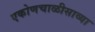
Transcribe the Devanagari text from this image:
एकोणचाळीसाव्या